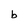
Character: b